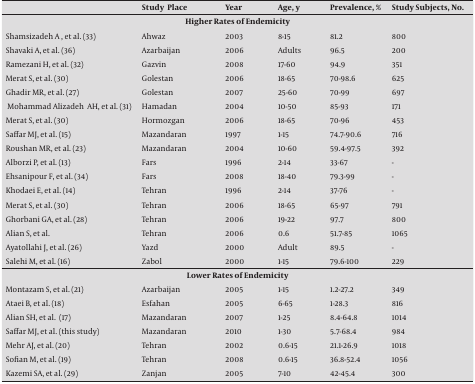
<table><thead><tr><td></td><td><b>Study Place</b></td><td><b>Year</b></td><td><b>Age, y</b></td><td><b>Prevalence, %</b></td><td><b>Study Subjects, No.</b></td></tr></thead><tbody><tr><td colspan="6"><b>Higher Rates of Endemicity</b></td></tr><tr><td>Shamsizadeh A , et al. [33]</td><td>Ahwaz</td><td>2003</td><td>8-15</td><td>81.2</td><td>800</td></tr><tr><td>Shavaki A, et al. [36]</td><td>Azarbaijan</td><td>2006</td><td>Adults</td><td>96.5</td><td>200</td></tr><tr><td>Ramezani H, et al. [32]</td><td>Gazvin</td><td>2008</td><td>17-60</td><td>94.9</td><td>351</td></tr><tr><td>Merat S, et al. [30]</td><td>Golestan</td><td>2006</td><td>18-65</td><td>70-98.6</td><td>625</td></tr><tr><td>Ghadir MR, et al. [27]</td><td>Golestan</td><td>2007</td><td>25-60</td><td>70-99</td><td>697</td></tr><tr><td>Mohammad Alizadeh AH, et al.[31]</td><td>Hamadan</td><td>2004</td><td>10-50</td><td>85-93</td><td>171</td></tr><tr><td>Merat S, et al. [30]</td><td>Hormozgan</td><td>2006</td><td>18-65</td><td>70-96</td><td>453</td></tr><tr><td>Saffar MJ, et al. [15]</td><td>Mazandaran</td><td>1997</td><td>1-15</td><td>74.7-90.6</td><td>716</td></tr><tr><td>Roushan MR, et al. [23]</td><td>Mazandaran</td><td>2004</td><td>10-60</td><td>59.4-97.5</td><td>392</td></tr><tr><td>Alborzi P, et al. [13]</td><td>Fars</td><td>1996</td><td>2-14</td><td>33-67</td><td>-</td></tr><tr><td>Ehsanipour F, et al. [34]</td><td>Fars</td><td>2008</td><td>18-40</td><td>79.3-99</td><td>-</td></tr><tr><td>Khodaei E, et al. [14]</td><td>Tehran</td><td>1996</td><td>2-14</td><td>37-76</td><td>-</td></tr><tr><td>Merat S, et al. [30]</td><td>Tehran</td><td>2006</td><td>18-65</td><td>65-97</td><td>791</td></tr><tr><td>Ghorbani GA, et al. [28]</td><td>Tehran</td><td>2006</td><td>19-22</td><td>97.7</td><td>800</td></tr><tr><td>Alian S, et al.</td><td>Tehran</td><td>2006</td><td>0.6</td><td>51.7-85</td><td>1065</td></tr><tr><td>Ayatollahi J, et al. [26]</td><td>Yazd</td><td>2000</td><td>Adult</td><td>89.5</td><td>-</td></tr><tr><td>Salehi M, et al. [16]</td><td>Zabol</td><td>2000</td><td>1-15</td><td>79.6-100</td><td>229</td></tr><tr><td colspan="6"><b>Lower Rates of Endemicity</b></td></tr><tr><td>Montazam S, et al. [21]</td><td>Azarbaijan</td><td>2005</td><td>1-15</td><td>1.2-27.2</td><td>349</td></tr><tr><td>Ataei B, et al. [18]</td><td>Esfahan</td><td>2005</td><td>6-65</td><td>1-28.3</td><td>816</td></tr><tr><td>Alian SH, et al. [17]</td><td>Mazandaran</td><td>2007</td><td>1-25</td><td>8.4-64.8</td><td>1014</td></tr><tr><td>Saffar MJ, et al. (this study)</td><td>Mazandaran</td><td>2010</td><td>1-30</td><td>5.7-68.4</td><td>984</td></tr><tr><td>Mehr AJ, et al. [20]</td><td>Tehran</td><td>2002</td><td>0.6-15</td><td>21.1-26.9</td><td>1018</td></tr><tr><td>Sofian M, et al. [19]</td><td>Tehran</td><td>2008</td><td>0.6-15</td><td>36.8-52.4</td><td>1056</td></tr><tr><td>Kazemi SA, et al. [29]</td><td>Zanjan</td><td>2005</td><td>7-10</td><td>42-45.4</td><td>300</td></tr></tbody></table>